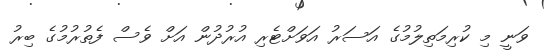
ވަނީ މި ކުރިމަތިލުމުގެ އަސަރު އަވަށްޓެރި އުރުދުން އަށް ވެސް ފެތުރުމުގެ ބިރު